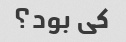
کی بود؟